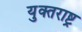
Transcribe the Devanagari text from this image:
युक्तराष्ट्र